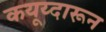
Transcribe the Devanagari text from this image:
कयूय्दारून